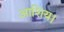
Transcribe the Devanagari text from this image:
आशिय।